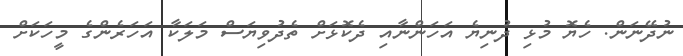
ނުދޭނަން. ހެޔޮ މުޅި ދުނިޔެ އަހަންނާއި ދެކޮޅަށް ތެދުވިޔަސް މަލަކާ އަހަރެންގެ މީހަކަށް